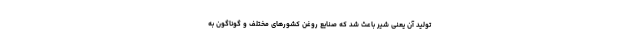
تولید آن یعنی شیر باعث شد که صنایع روغن کشورهای مختلف و گوناگون به